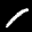
Label: 1